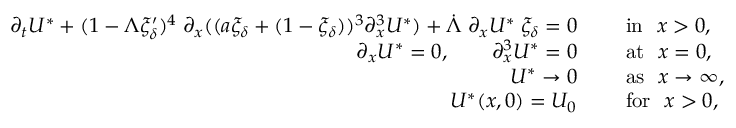
\begin{array} { r l } { \partial _ { t } U ^ { * } + ( 1 - \Lambda \xi _ { \delta } ^ { \prime } ) ^ { 4 } \; \partial _ { x } ( ( a \xi _ { \delta } + ( 1 - \xi _ { \delta } ) ) ^ { 3 } \partial _ { x } ^ { 3 } U ^ { * } ) + \dot { \Lambda } \; \partial _ { x } U ^ { * } \; \xi _ { \delta } = 0 \quad } & { \mathrm { ~ i n ~ } \ x > 0 , } \\ { \partial _ { x } U ^ { * } = 0 , \qquad \partial _ { x } ^ { 3 } U ^ { * } = 0 \quad } & { \mathrm { ~ a t ~ } \ x = 0 , } \\ { U ^ { * } \to 0 \quad } & { \mathrm { ~ a s ~ } \ x \to \infty , } \\ { U ^ { * } ( x , 0 ) = U _ { 0 } \quad } & { \mathrm { ~ f o r ~ } \ x > 0 , } \end{array}